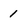
Character: 1